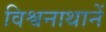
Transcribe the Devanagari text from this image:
विश्वनाथानें